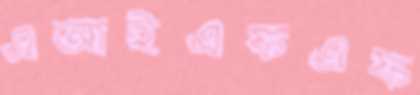
এআইএফএফ